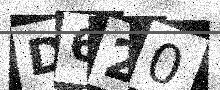
Text: D620